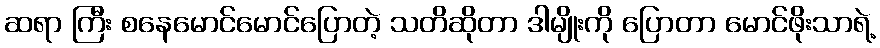
ဆရာ ကြီး စနေမောင်မောင်ပြောတဲ့ သတိဆိုတာ ဒါမျိုးကို ပြောတာ မောင်ဖိုးသာရဲ့